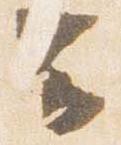
云